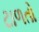
ટાળતો